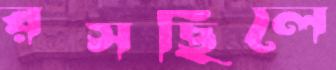
রসছিলে